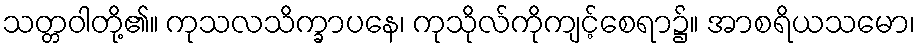
သတ္တဝါတို့၏။ ကုသလသိက္ခာပနေ၊ ကုသိုလ်ကိုကျင့်စေရာ၌။ အာစရိယသမော၊